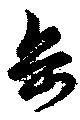
岳